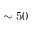
\sim 5 0